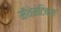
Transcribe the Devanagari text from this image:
मॅथेमेटिक्स